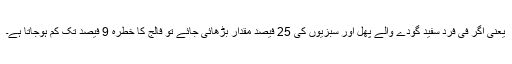
یعنی اگر فی فرد سفید گودے والے پھل اور سبزیوں کی 25 فیصد مقدار بڑھائی جائے تو فالج کا خطرہ 9 فیصد تک کم ہوجاتا ہے۔